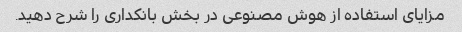
مزایای استفاده از هوش مصنوعی در بخش بانکداری را شرح دهید.